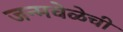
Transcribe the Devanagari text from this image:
जन्मवेळेची